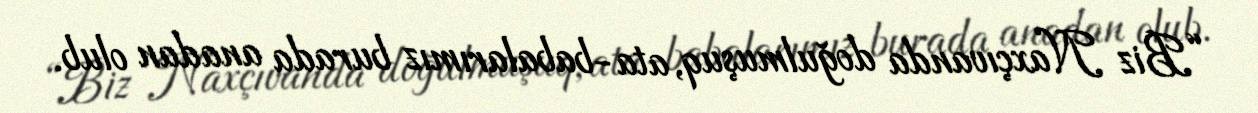
“Biz Naxçıvanda doğulmuşuq, ata-babalarımız burada anadan olub.